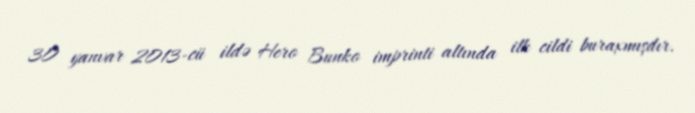
30 yanvar 2013-cü ildə Hero Bunko imprinti altında ilk cildi buraxmışdır.